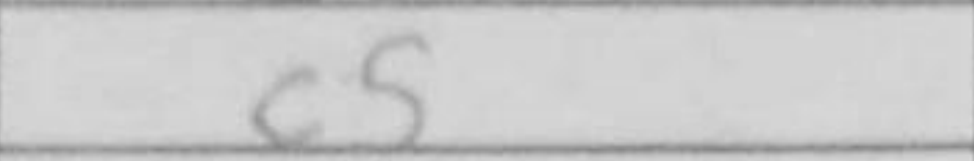
Transcription: c5